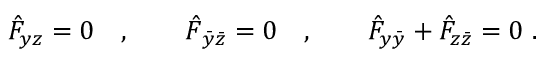
\hat { F } _ { y z } = 0 \quad , \qquad \hat { F } _ { \bar { y } \bar { z } } = 0 \quad , \qquad \hat { F } _ { y \bar { y } } + \hat { F } _ { z \bar { z } } = 0 \ .